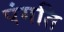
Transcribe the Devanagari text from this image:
पंगति